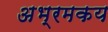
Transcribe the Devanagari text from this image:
अभ्रमकय